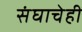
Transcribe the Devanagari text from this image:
संघाचेही